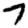
Digit: 7